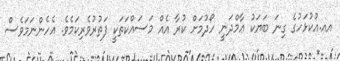
އއ.އުކުޅަހުގެ ގިނަ ބަޔަކު ޢާމްދަނީ ހޯދުމަށް ކުރާ އެއް މަސައްކަތަކީ ފަތުރުވެރިކަމެވެ. އެހެންނަމަވެސް